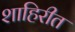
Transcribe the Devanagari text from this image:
शाहिरीत